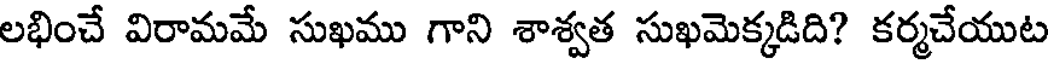
లభించే విరామమే సుఖము గాని శాశ్వత సుఖమెక్కడిది? కర్మచేయుట